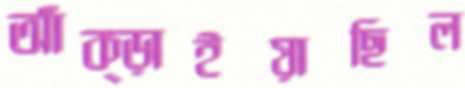
আঁক্‌ড়াইয়াছিল